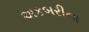
અકબરીના